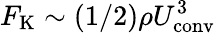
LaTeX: F_{\mathrm{K}}\sim(1/2)\rho U_{\mathrm{conv}}^{3}